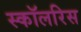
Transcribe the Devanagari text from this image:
स्कॉलरिस